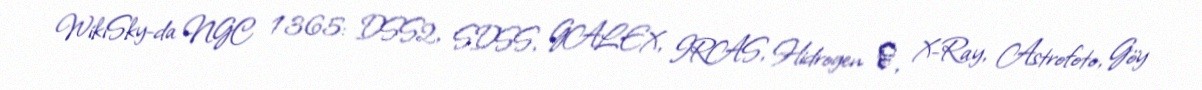
WikiSky-da NGC 1365: DSS2, SDSS, GALEX, IRAS, Hidrogen α, X-Ray, Astrofoto, Göy